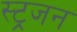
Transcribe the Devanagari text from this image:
स्ट्रजन